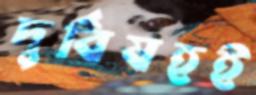
দুর্বিষহই